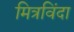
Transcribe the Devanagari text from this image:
मित्रविंदा